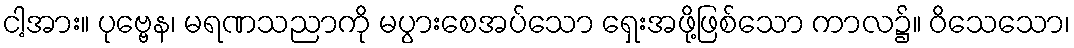
ငါ့အား။ ပုဗ္ဗေန၊ မရဏသညာကို မပွားစေအပ်သော ရှေးအဖို့ဖြစ်သော ကာလ၌။ ဝိသေသော၊